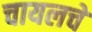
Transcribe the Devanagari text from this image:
चायलचे